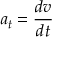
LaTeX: a _ { t } = { \frac { d v } { d t } }